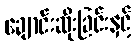
ချောင်းဆိုးခြင်းနှင့်